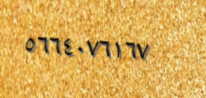
٥٦٦٤٠٧٦١٦٧